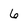
Character: 6